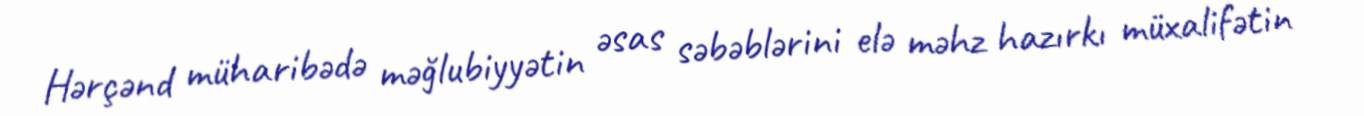
Hərçənd müharibədə məğlubiyyətin əsas səbəblərini elə məhz hazırkı müxalifətin